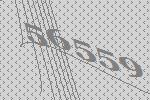
56559